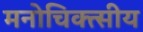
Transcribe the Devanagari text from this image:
मनोचिक्त्सीय